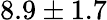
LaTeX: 8.9\pm 1.7